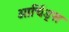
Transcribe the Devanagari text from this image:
ओर्चिड्स